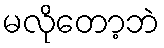
မလိုတော့ဘဲ